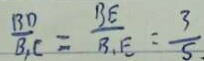
\frac { B D } { B _ { 1 } C } = \frac { B E } { B _ { 1 } E } = \frac { 3 } { 5 _ { \cdot } }